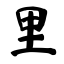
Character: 里